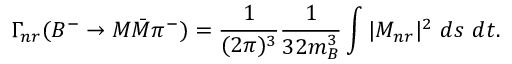
\Gamma _ { n r } ( B ^ { - } \to M \bar { M } \pi ^ { - } ) = \frac { 1 } { ( 2 \pi ) ^ { 3 } } \frac { 1 } { 3 2 m _ { B } ^ { 3 } } \int | { \cal M } _ { n r } | ^ { 2 } ~ d s ~ d t .